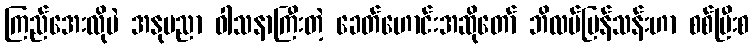
ကြည်အေးလိုပဲ အနုပညာ ဝါသနာကြီးတဲ့ ခေတ်ဟောင်းအဆိုတော် ဘိလပ်ပြန်သန်းဟာ စစ်ပြီးစ